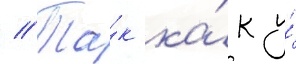
// Та́к ка́к у́